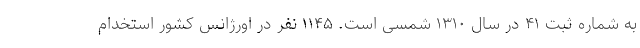
به شماره ثبت ۴۱ در سال ۱۳۱۰ شمسی است. ۱۱۴۵ نفر در اورژانس کشور استخدام